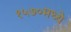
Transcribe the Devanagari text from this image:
१५७०मध्ये